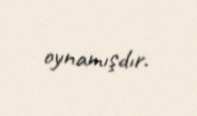
oynamışdır.